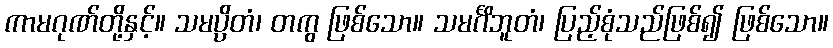
ကာမဂုဏ်တို့နှင့်။ သမပ္ပိတံ၊ တကွ ဖြစ်သော။ သမင်္ဂိဘူတံ၊ ပြည့်စုံသည်ဖြစ်၍ ဖြစ်သော။